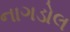
નાગડોલ